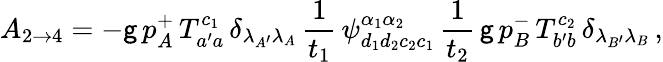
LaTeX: A_{2\rightarrow4}=-\mathsf{g}\, p_{A}^{+}\, T_{a^{\prime}a}^{c_{1}}\, \delta_{\lambda_{A^{\prime}}\lambda_{A}}\, \frac{1}{{t_{1}}}\, \psi_{d_{1}d_{2}c_{2}c_{1}}^{\alpha_{1}\alpha_{2}}\, \frac{1}{{t_{2}}}\, \mathsf{g}\, p_{B}^{-}\, T_{b^{\prime}b}^{c_{2}}\, \delta_{\lambda_{B^{\prime}}\lambda_{B}}\, ,